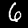
Digit: 6